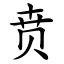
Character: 贲